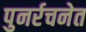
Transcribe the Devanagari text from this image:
पुनर्रचनेत